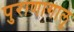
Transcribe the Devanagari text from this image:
पुराणागालू